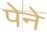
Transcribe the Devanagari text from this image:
पेने